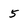
Character: 5